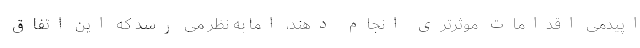
اپیدمی اقدامات موثرتری انجام دهند، اما به نظر می رسد که این اتفاق